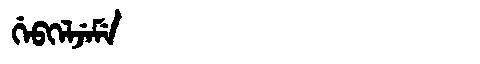
Manchu: ᡤᡝᠪᡴᡝᠯᠵᡝᠮᡝ
Romanization: GEBKELJEME